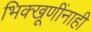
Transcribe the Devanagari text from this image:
भिक्खूणींनाही